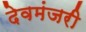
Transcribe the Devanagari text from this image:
देवमंजरी